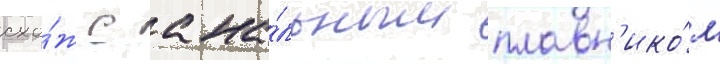
схо́ж с ана́льным плавн'ико́м